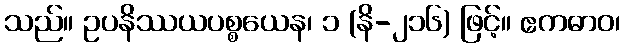
သည်။ ဥပနိဿယပစ္စယေန၊ ၁ (နိ-၂၁၆) ဖြင့်။ ဧကဓာဝ၊